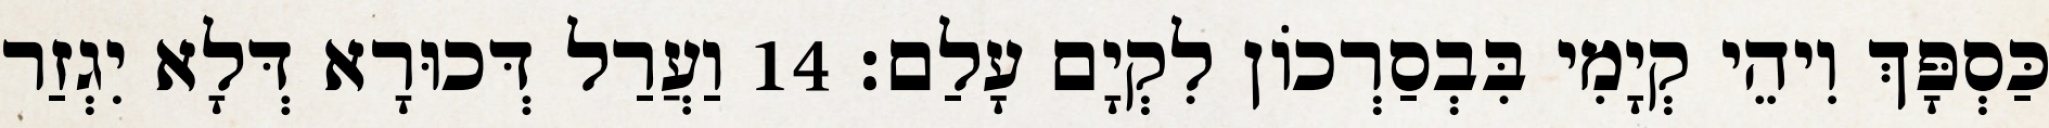
כַּסְפָּךְ וִיהֵי קְיָמִי בִּבְסַרְכוֹן לִקְיָם עָלַם׃ 14 וַעֲרַל דְּכוּרָא דְּלָא יִגְזַר